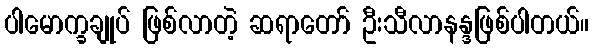
ပါမောက္ခချုပ် ဖြစ်လာတဲ့ ဆရာတော် ဦးသီလာနန္ဒဖြစ်ပါတယ်။